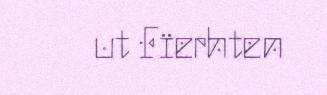
ut Fïerhten